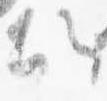
願